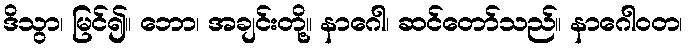
ဒိသွာ၊ မြင်၍။ ဘော၊ အချင်းတို့။ နာဂေါ၊ ဆင်တော်သည်။ နာဂေါဝတ၊